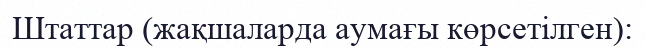
Штаттар (жақшаларда аумағы көрсетілген):